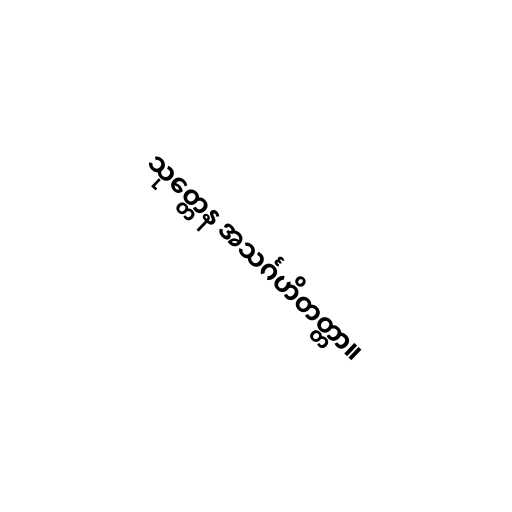
သုတ္တေန အသင်္ဂဟိတတ္တာ။